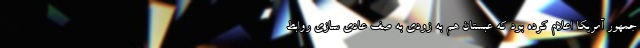
جمهور آمریکا اعلام کرده بود که عبستان هم به زودی به صف عادی سازی روابط